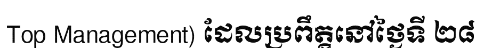
Top Management) ដែលប្រពឹត្តនៅថ្ងៃទី ២៨